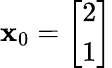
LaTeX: \mathbf{x}_{0}={\left[\begin{array}{l}{2}\\ {1}\end{array}\right]}